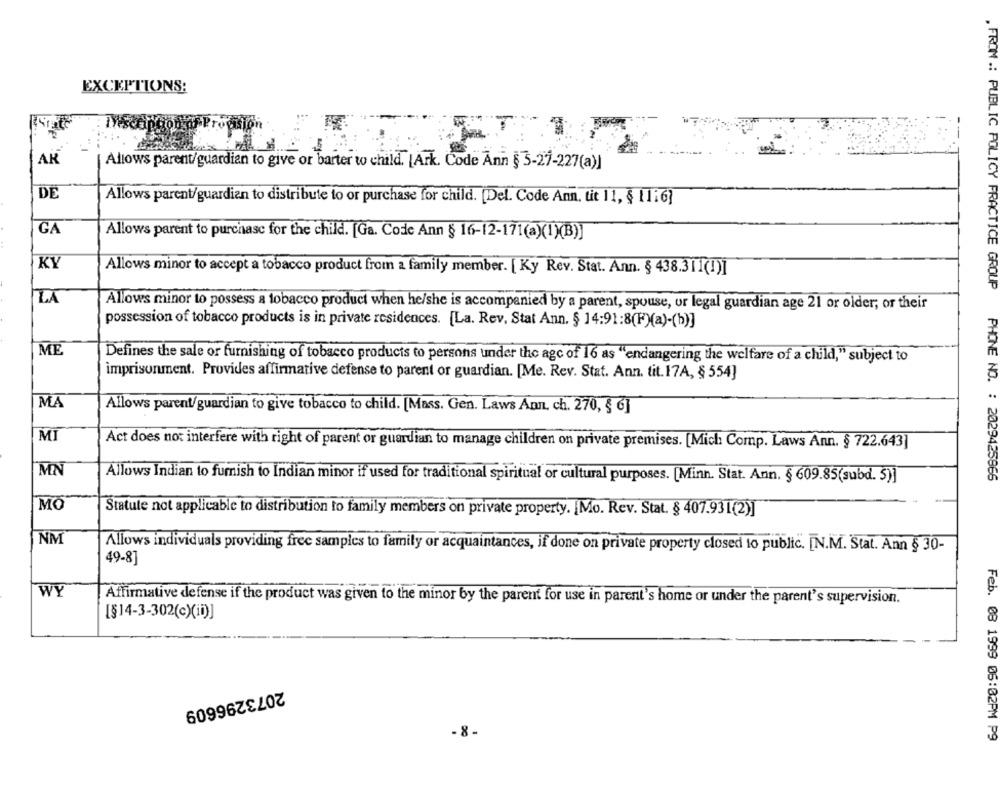
EXCEPTIONS:
AR
Allows parent/guardian to give or barter to child. [Ark. Code Ann § 3-27-227(a)
DE
Allows parent/guardian to distribute to or purchase for child. [Del. Code Ann. uit 11, § 1116]
GA
Allows parent to purchase for the child. [Ga. Code Ann § 16-12-171(a)(1)(B)]
Allows minor to accept a tobacco product from a family member. [ Ky Rev. Stat. Ann. § 438.311(1)]
. FROM :: PUBLIC POLICY PRACTICE GROUP
LA
Allows minor to possess a tobacco product when he/she is accompanied by a parent, spouse, or legal guardian age 21 or older; or their
possession of tobacco products is in private residences. [La. Rev. Stat Ann. § 14:91:8(F)(a)-(b)]
ME
Defines the sale or furnishing of tobacco products to persons under the age of 16 as "endangering the welfare of a child," subject to
imprisonment. Provides affirmative defense to parent or guardian. [Me. Rev. Stat. Ann. tit.17A, § 554]
3
MA
..
Allows parent/guardian to give tobacco to child. [Mass. Gen. Laws Ann. ch. 270, § 6]
MI
Act does not interfere with right of parent or guardian to manage children on private premises. [Mich Comp. Laws Ann. § 722.643]
MN
PHONE NO. : 2029425866
Allows Indian to furnish to Indian minor if used for traditional spiritual or cultural purposes. [Minn. Stat. Ann. § 609.85(subd. 5)]
MO
Statute not applicable to distribution to family members on private property. [Mo. Rev. Stat. § 407.931 (2)]
NM
Allows individuals providing free samples to family or acquaintances, if done on private property closed to public. [N.M. Stat. Ann § 30-
49-8]
WY
Affirmative defense if the product was given to the minor by the parent for use in parent's home or under the parent's supervision.
[§14-3-302(c)(ii)]
2073296609
- 8.
Feb. 08 1999 06:02PM P9